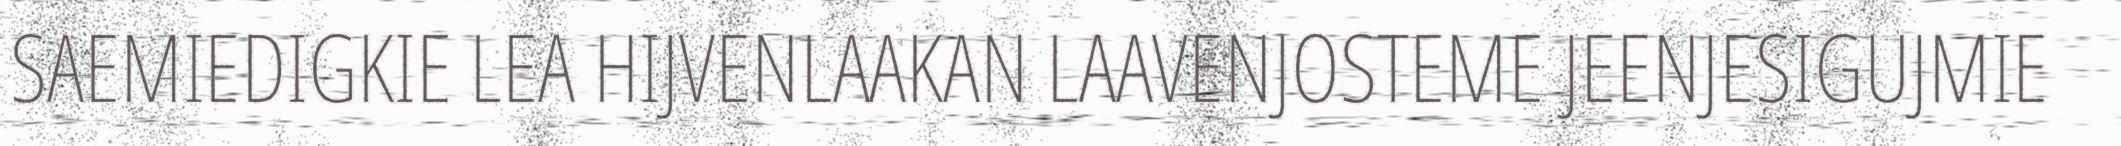
SAEMIEDIGKIE LEA HIJVENLAAKAN LAAVENJOSTEME JEENJESIGUJMIE